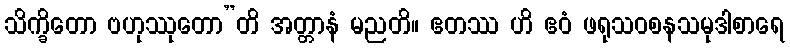
သိက္ခိတော ဗဟုဿုတော”တိ အတ္တာနံ မညတိ။ ဧတဿ ဟိ ဧဝံ ဖရုသဝစနသမုဒါစာရေ